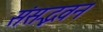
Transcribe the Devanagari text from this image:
संसद्भवन